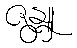
ဇန္တူ